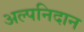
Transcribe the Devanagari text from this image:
अल्पनिदान